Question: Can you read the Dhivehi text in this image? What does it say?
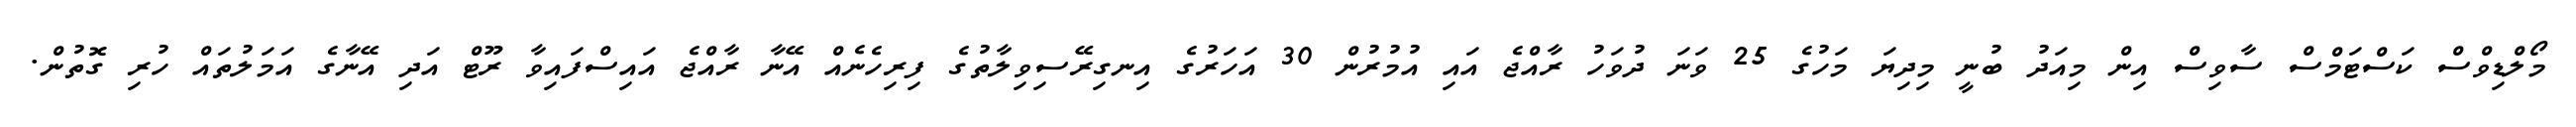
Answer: މޯލްޑިވްސް ކަސްޓަމްސް ސާވިސް އިން މިއަދު ބުނީ މިދިޔަ މަހުގެ 25 ވަނަ ދުވަހު ރާއްޖެ އައި އުމުރުން 30 އަހަރުގެ އިނގިރޭސިވިލާތުގެ ފިރިހެނެއް އޭނާ ރާއްޖެ އައިސްފައިވާ ރޫޓް އަދި އޭނާގެ އަމަލުތައް ހުރި ގޮތުން.